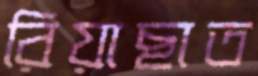
রিয়াছাত